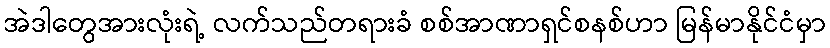
အဲဒါတွေအားလုံးရဲ့ လက်သည်တရားခံ စစ်အာဏာရှင်စနစ်ဟာ မြန်မာနိုင်ငံမှာ